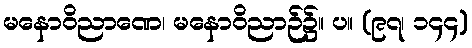
မနောဝိညာဏေ၊ မနောဝိညာဉ်၌။ ပ။ (၉၇၊ ၁၄၄)